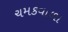
ચમકવાળા